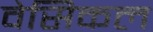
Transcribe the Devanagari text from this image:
वेसिकल